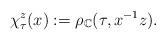
LaTeX: \begin{align*}\chi_{\tau}^{z}(x):=\rho_{\mathbb{C}}(\tau,x^{-1}z). \end{align*}